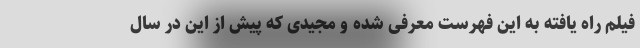
فیلم راه یافته به این فهرست معرفی شده و مجیدی که پیش از این در سال